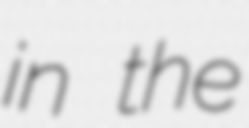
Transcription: in the